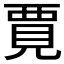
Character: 𫌞